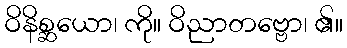
ဝိနိစ္ဆယော၊ ကို။ ဝိညာတဗ္ဗော၊ ၏။